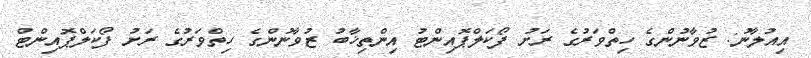
އިއުލާނު: ޒުވާނުންގެ ހިތްވަރުގެ ރަށު ފޯކަލްޕޮއިންޓު އިންތިޚާބު ޒުވާނުންގެ ހިތްވަރުގެ ރަށު ފޯކަލްޕޮއިންޓް